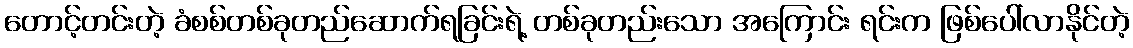
တောင့်တင်းတဲ့ ခံစစ်တစ်ခုတည်ဆောက်ရခြင်းရဲ့ တစ်ခုတည်းသော အကြောင်း ရင်းက ဖြစ်ပေါ်လာနိုင်တဲ့